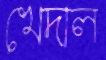
খেদাল